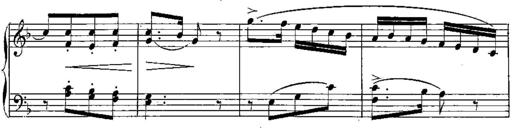
Title: 6 Sonatines
Composer: Albert Lavignac
Key: C major
 G major
 D major
 A minor
 F major
 B-flat major